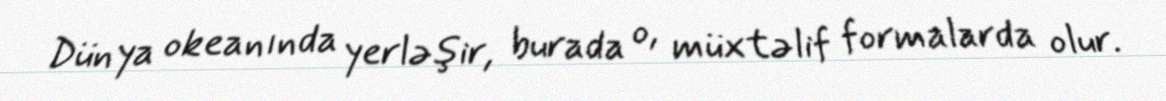
Dünya okeanında yerləşir, burada o, müxtəlif formalarda olur.